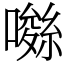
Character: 𡀚